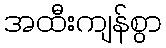
အထီးကျန်စွာ